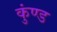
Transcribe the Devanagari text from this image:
कुंण्ड